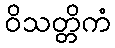
ဝိသတ္တိကံ